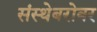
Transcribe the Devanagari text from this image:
संस्थेबरोबर